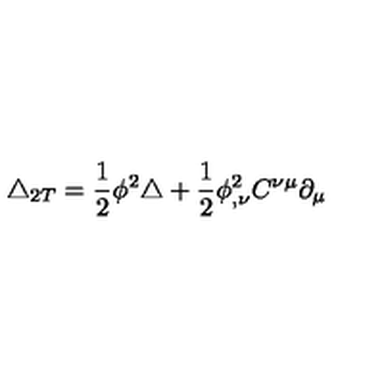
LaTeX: \triangle _ { 2 T } = \frac { 1 } { 2 } \phi ^ { 2 } \triangle + \frac { 1 } { 2 } \phi _ { , \nu } ^ { 2 } C ^ { \nu \mu } \partial _ { \mu }